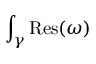
\int _ { \gamma } { \mathrm { R e s } } ( \omega )